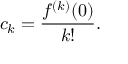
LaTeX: c _ { k } = { \frac { f ^ { ( k ) } ( 0 ) } { k ! } } .